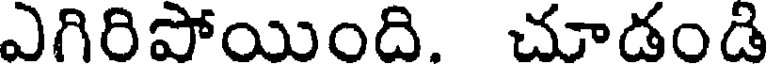
ఎగిరిపోయింది. చూడండి